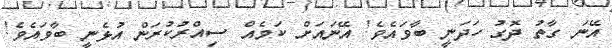
އޭނަ ގާތު ދޮގު ހަދަނީ ބާވައެވެ! އޭނައަށް ކަމެއް ސިއްރުކުރަން އުޅެނީ ބާވައެވެ!